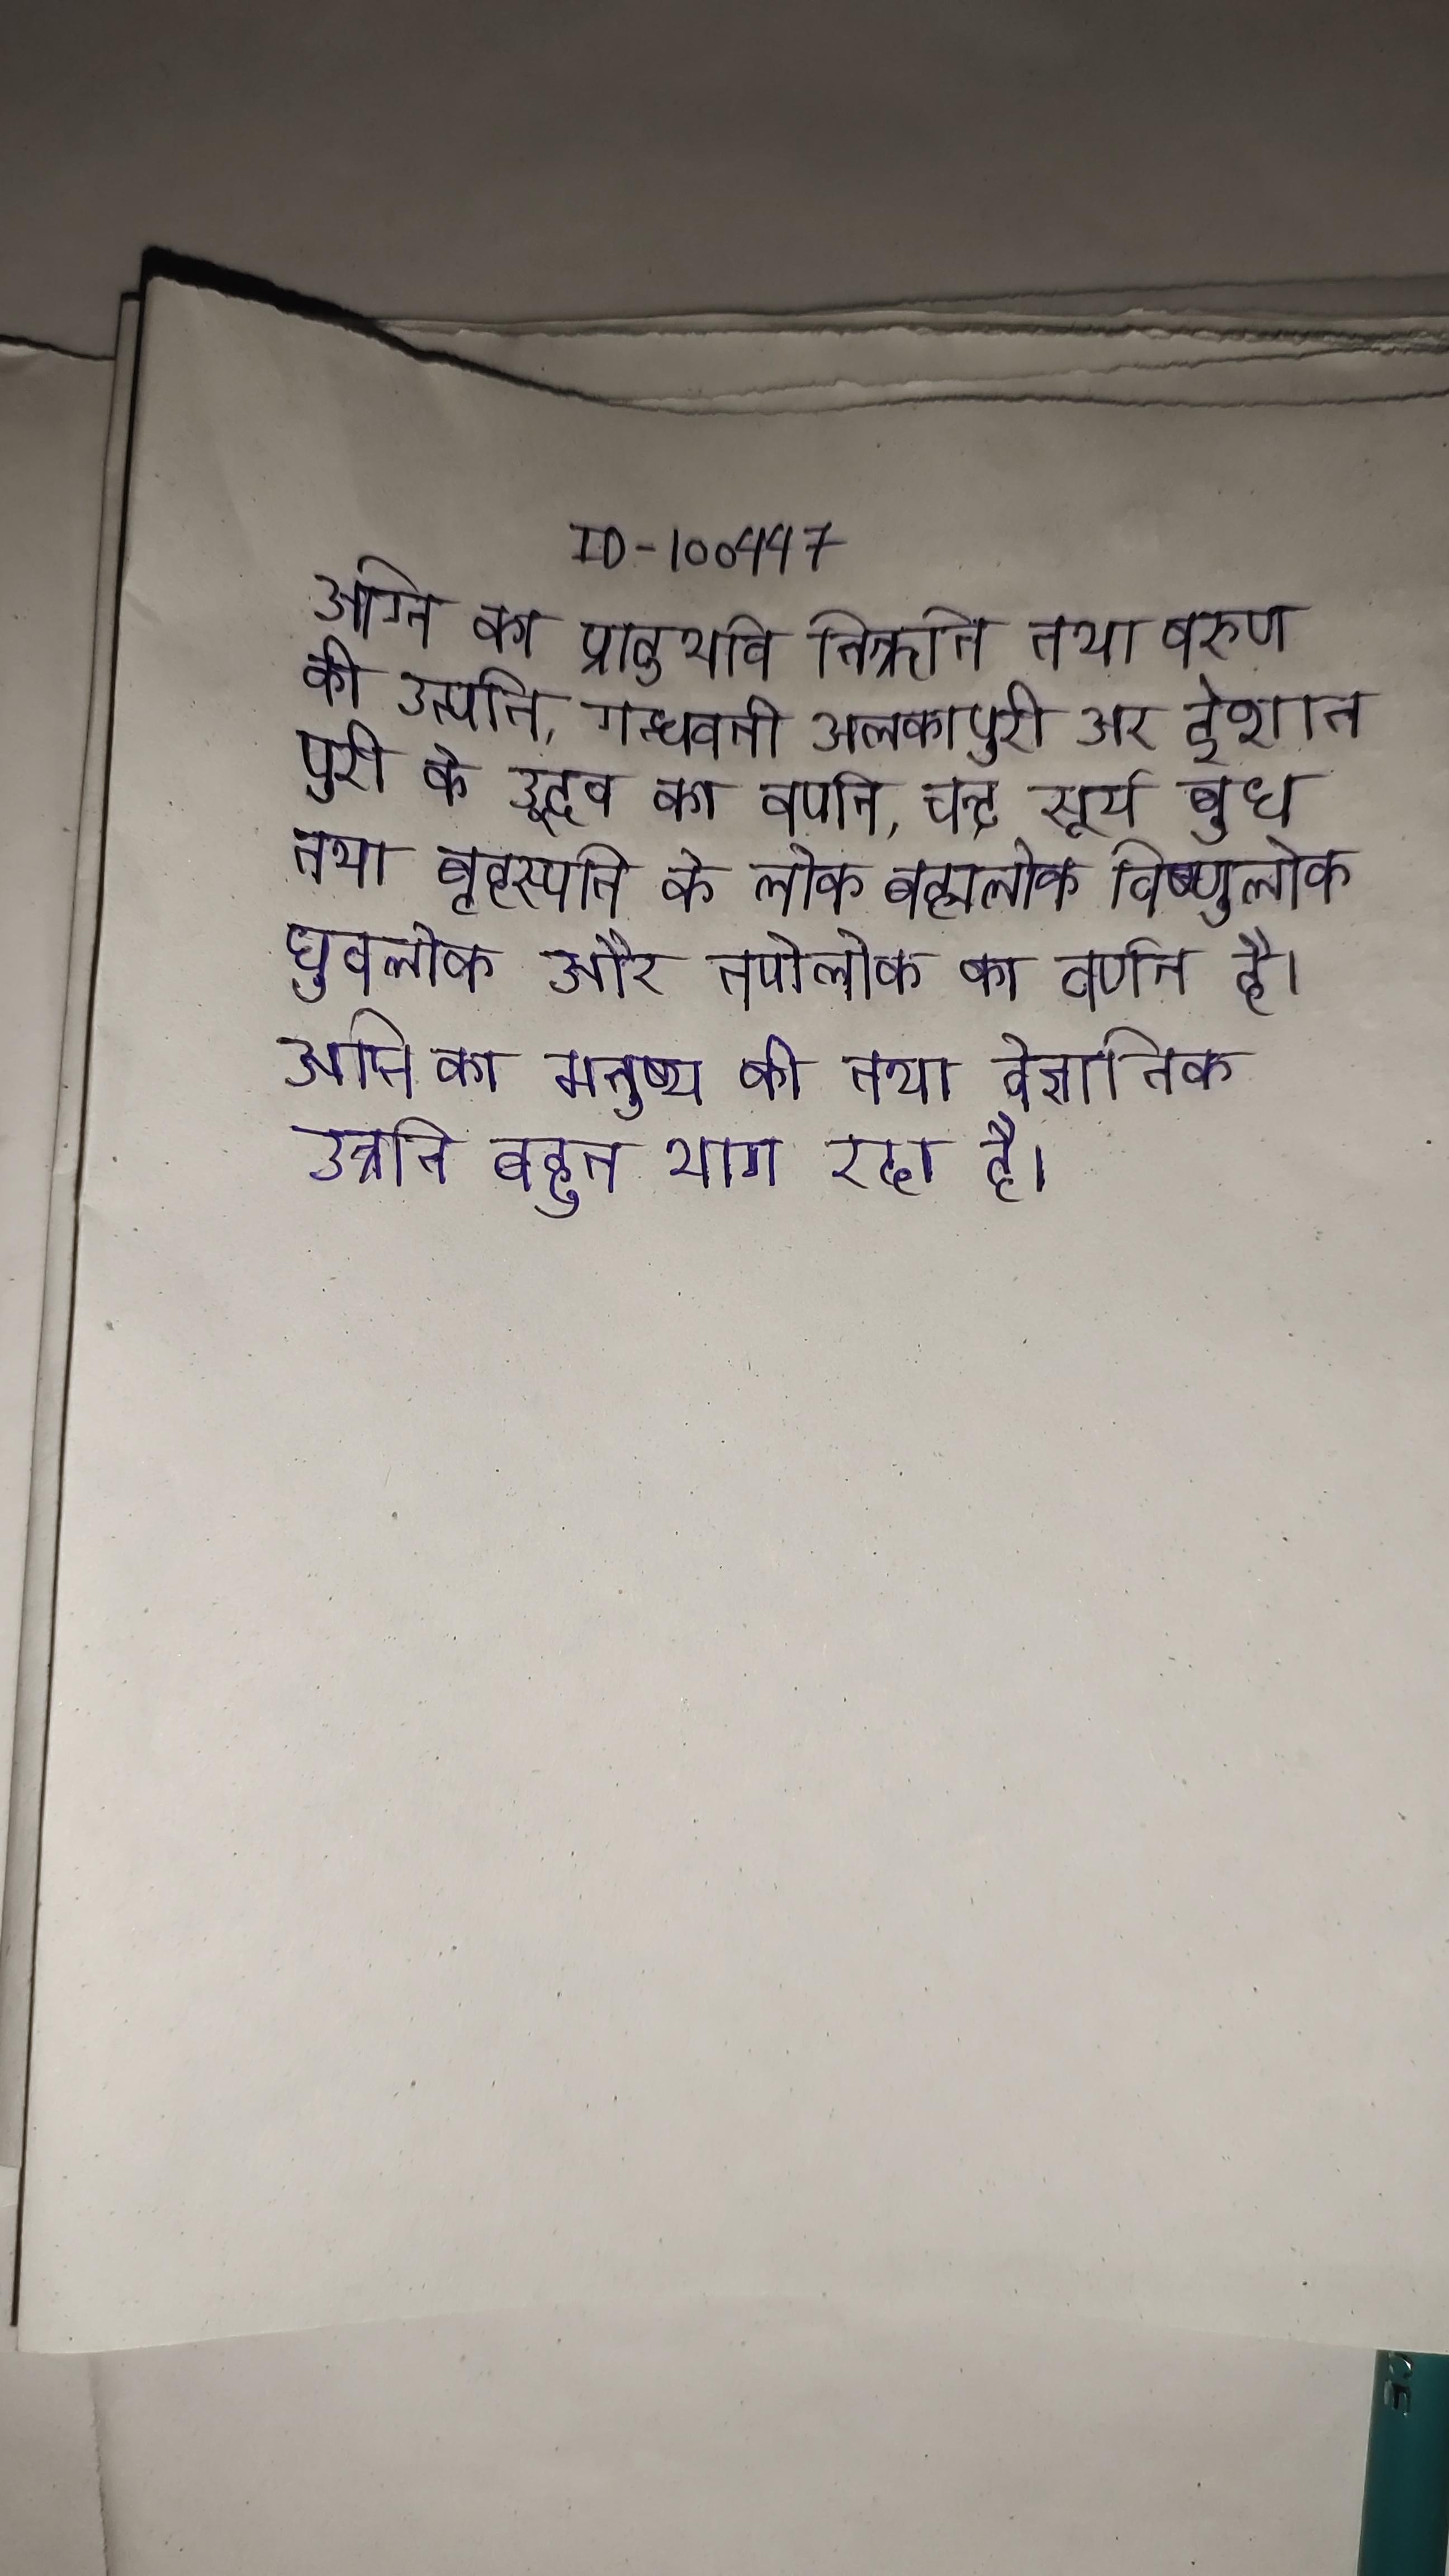
अग्नि का प्रादुर्भाव निऋति तथा वरुण की उत्पत्ति, गन्धवती अलकापुरी अर ईशानपुरी के उद्भव का वर्णन, चन्द्र सूर्य बुध तथा बृहस्पति के लोक ब्रह्मलोक विष्णुलोक ध्रुवलोक और तपोलोक का वर्णन है । अग्नि का मनुष्य की तथा वैज्ञानिक उन्नति बहुत भाग रहा है ।